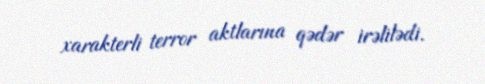
xarakterli terror aktlarına qədər irəlilədi.